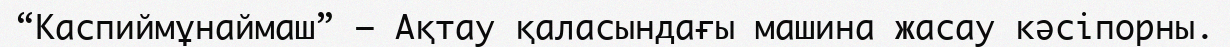
“Каспиймұнаймаш” – Ақтау қаласындағы машина жасау кәсіпорны.